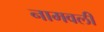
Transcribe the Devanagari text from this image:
नामवली